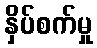
နှိပ်စက်မှု